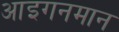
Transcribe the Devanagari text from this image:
आइगनमान